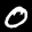
Label: 0